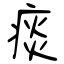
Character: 痰